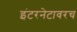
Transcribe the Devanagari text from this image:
इंटरनेटावरच